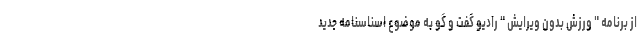
از برنامه " ورزش بدون ویرایش " رادیو گفت و گو به موضوع اسناسنامه جدید